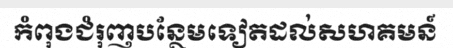
កំពុងជំរុញបន្ថែមទៀតដល់សហគមន៍